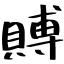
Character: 賻